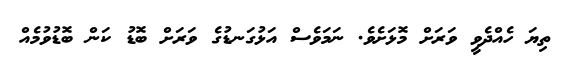
ތިޔަ ހެއްދެވީ ވަރަށް މޮޅަށެވެ. ނަމަވެސް އަޅުގަނޑުގެ ވަރަށް ބޮޑު ކަން ބޮޑުވުމެއް